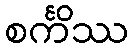
စင်္ကိဿ